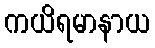
ကယိရမာနာယ